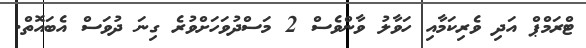
ޓްރަމްޕް އަދި ވެރިކަމާއި ހަވާލު ވާންވެސް 2 މަސްދުވަހަށްވުރެ ގިނަ ދުވަސް އެބައޮތް.